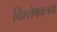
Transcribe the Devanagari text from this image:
विश्लेषकत्रय